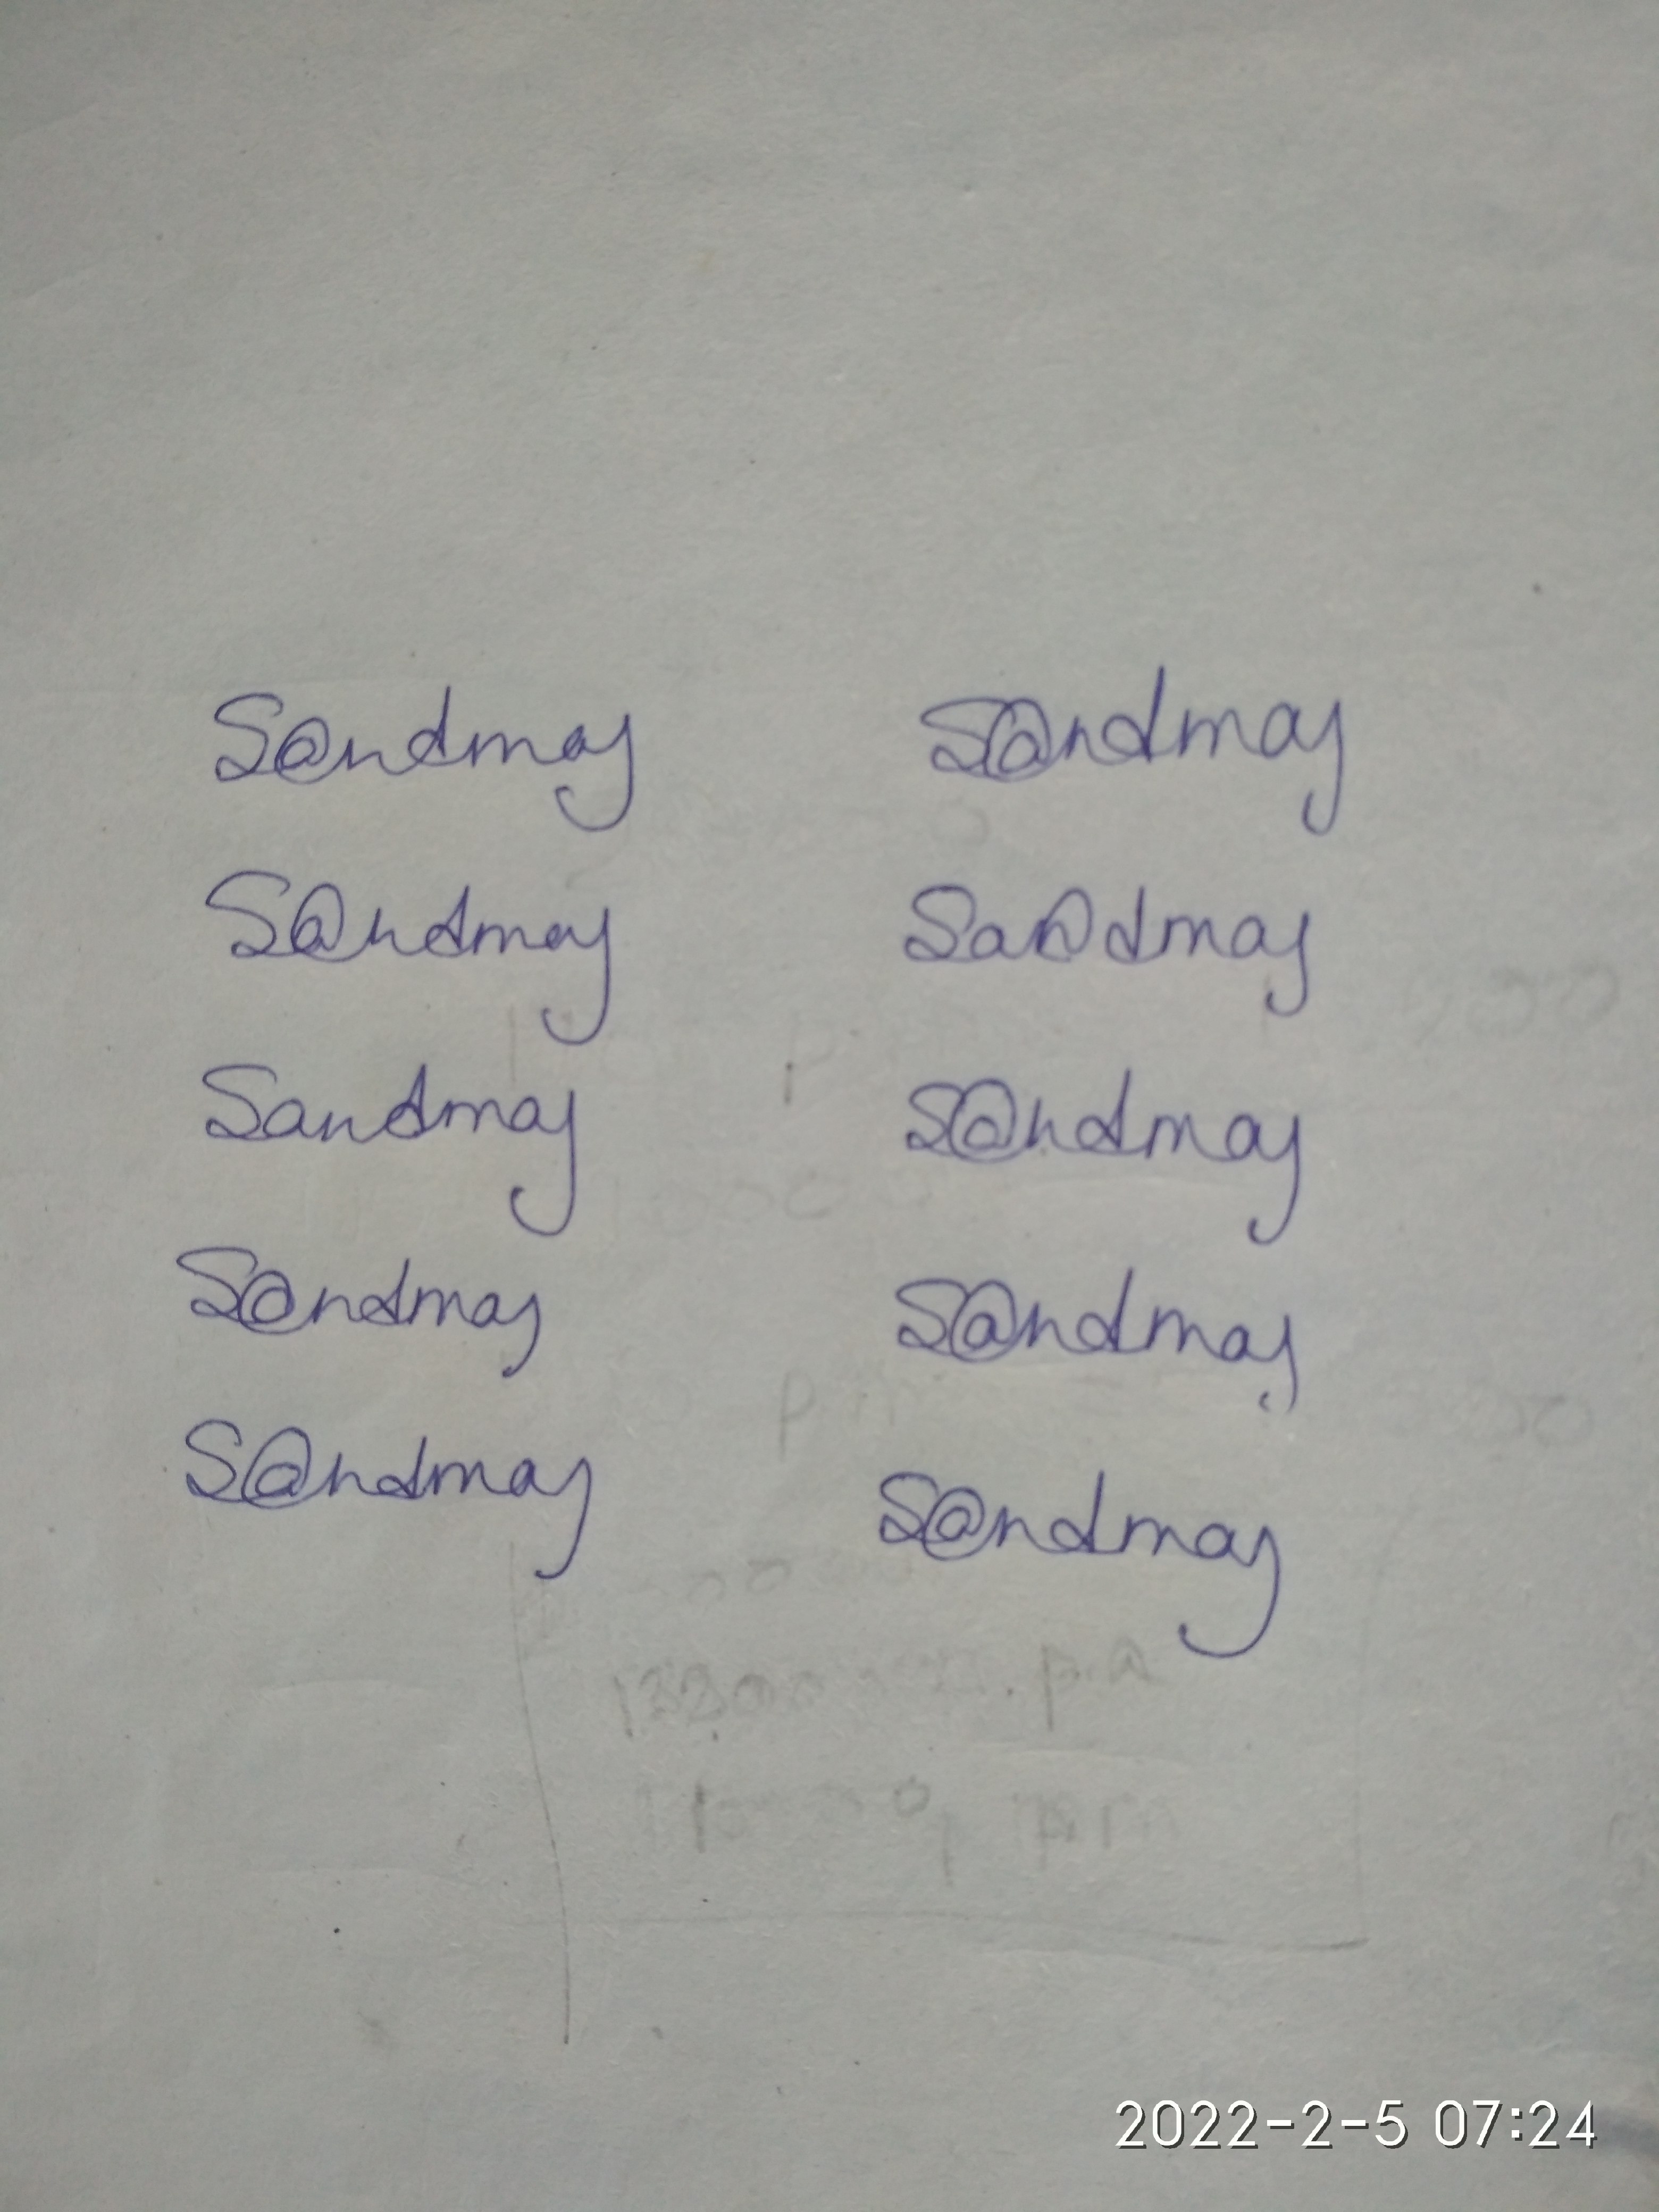
Signature authenticity: genuine